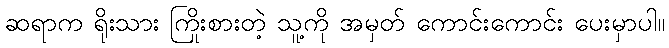
ဆရာက ရိုးသား ကြိုးစားတဲ့ သူ့ကို အမှတ် ကောင်းကောင်း ပေးမှာပါ။